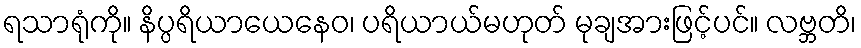
ရသာရုံကို။ နိပ္ပရိယာယေနေဝ၊ ပရိယာယ်မဟုတ် မုချအားဖြင့်ပင်။ လဗ္ဘတိ၊